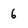
Character: 6